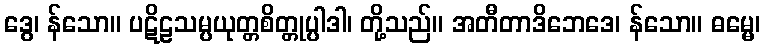
ဒွေ၊ န်သော။ ပဋိဠသမ္ပယုတ္တစိတ္တုပ္ပါဒါ၊ တို့သည်။ အတီတာဒိဘေဒေ၊ န်သော။ ဓမ္မေ၊